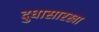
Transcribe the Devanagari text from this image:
दुधासारखा